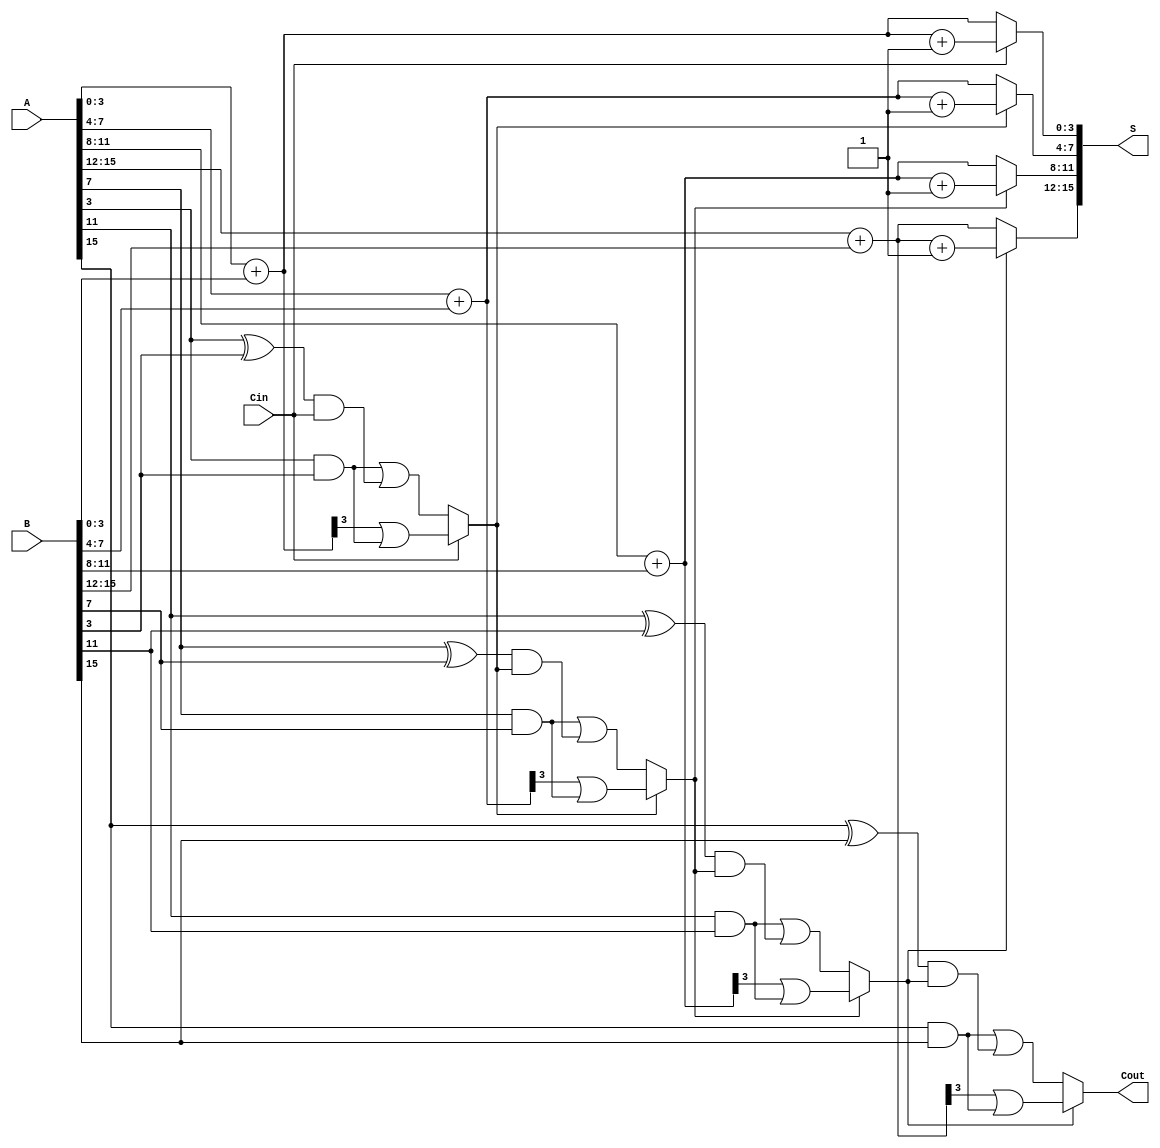
module han_carlson_adder #(parameter N = 16, parameter K = 4) (
    input [N-1:0] A,       // First input
    input [N-1:0] B,       // Second input
    input Cin,             // Carry-in
    output [N-1:0] S,      // Sum output
    output Cout            // Carry-out
);

    localparam NUM_BLOCKS = N / K;  // Number of blocks
    wire [K-1:0] sum [0:NUM_BLOCKS-1]; // Sum outputs for each block
    wire [NUM_BLOCKS-1:0] carry_out;   // Carry-out for each block
    wire [NUM_BLOCKS-1:0] carry_in;    // Carry-in for each block

    assign carry_in[0] = Cin; // First block takes the external carry-in

    genvar i;
    generate
        for (i = 0; i < NUM_BLOCKS; i = i + 1) begin : block
            wire [K-1:0] A_block = A[i*K +: K]; // Extract K bits from A
            wire [K-1:0] B_block = B[i*K +: K]; // Extract K bits from B
            
            // Compute sum and carry for carry-in = 0
            wire [K-1:0] sum0 = A_block + B_block; // Sum when carry-in is 0
            wire carry0 = (A_block[K-1] & B_block[K-1]) | ((A_block[K-1] ^ B_block[K-1]) & carry_in[i]);

            // Compute sum and carry for carry-in = 1
            wire [K-1:0] sum1 = sum0 + 1; // Sum when carry-in is 1
            wire carry1 = (sum0[K-1] & 1) | (A_block[K-1] & B_block[K-1]);

            // Select the appropriate sum and carry-out based on carry-in
            assign sum[i] = carry_in[i] ? sum1 : sum0;
            assign carry_out[i] = carry_in[i] ? carry1 : carry0;

            // Pass carry-out to the next block
            if (i < NUM_BLOCKS - 1) begin
                assign carry_in[i+1] = carry_out[i];
            end
        end
    endgenerate

    // Combine the sum outputs into the final sum output
    generate
        for (i = 0; i < NUM_BLOCKS; i = i + 1) begin : sum_combination
            assign S[i*K +: K] = sum[i];
        end
    endgenerate

    // Final carry-out is the carry-out of the last block
    assign Cout = carry_out[NUM_BLOCKS - 1];

endmodule